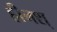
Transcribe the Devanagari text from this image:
हीनश्